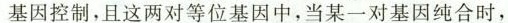
基因控制，且这两对等位基因中，当某一对基因纯合时，